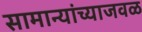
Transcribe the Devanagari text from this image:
सामान्यांच्याजवळ